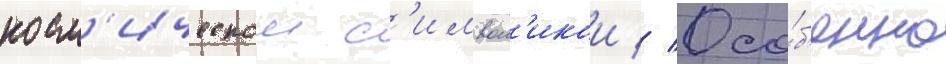
косм'ическои с'имвол'икои // Осо́б'енно